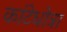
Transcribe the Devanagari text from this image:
कांटेधोत्रा